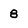
Character: 8